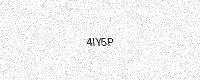
Text: 4IY5P